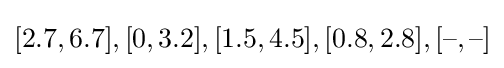
[2.7,6.7],[0,3.2],[1.5,4.5],[0.8,2.8],[{\text{--}},{\text{--}}]